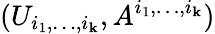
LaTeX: (U_{i_{1},\dots,i_{\mathbf{k}}},A^{i_{1},\dots,i_{\mathbf{k}}})